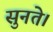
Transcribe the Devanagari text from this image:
सुनते।